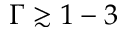
\Gamma \gtrsim 1 - 3